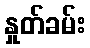
နှုတ်ခမ်း